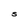
Character: S